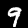
Digit: 9